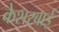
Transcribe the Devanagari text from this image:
केशरबाई